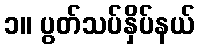
၁။ ပွတ်သပ်နှိပ်နယ်